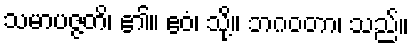
သမာပဇ္ဇတိ၊ ၏။ ဧဝံ၊ သို့။ ဘဂဝတာ၊ သည်။